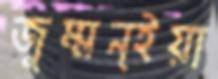
জুম্মন্ইয়া